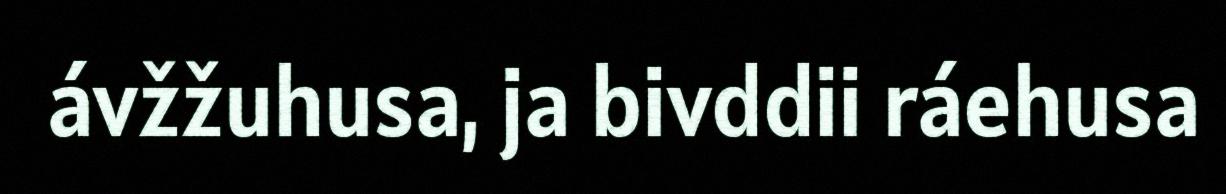
ávžžuhusa, ja bivddii ráehusa